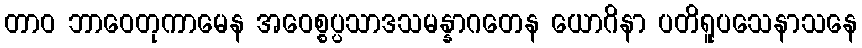
တာဝ ဘာဝေတုကာမေန အဝေစ္စပ္ပသာဒသမန္နာဂတေန ယောဂိနာ ပတိရူပသေနာသနေ